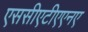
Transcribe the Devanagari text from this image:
एससीएटीएएनए